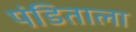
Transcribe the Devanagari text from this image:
पंडिताला